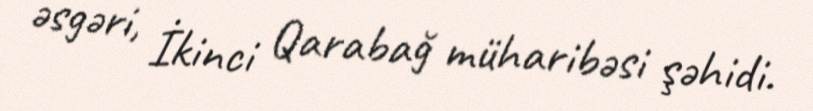
əsgəri, İkinci Qarabağ müharibəsi şəhidi.